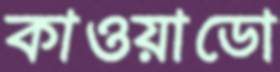
কাওয়াডো